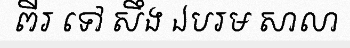
ពីរ ទៅ សឹង ឯបរម សាលា